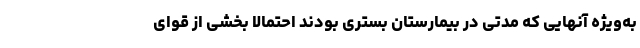
به‌ویژه آنهایی که مدتی در بیمارستان بستری بودند احتمالا بخشی از قوای